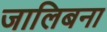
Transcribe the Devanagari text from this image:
जालिबना